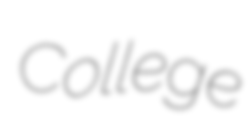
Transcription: College